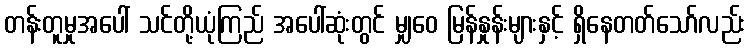
တန်းတူမှုအပေါ် သင်တို့ယုံကြည် အပေါ်ဆုံးတွင် မျှဝေ မြန်နှုန်းများနှင့် ရှိနေတတ်သော်လည်း